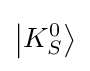
\left|K_{S}^{0}\right\rangle